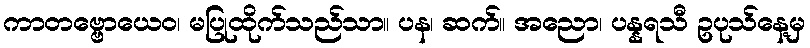
ကာတဗ္ဗောယေဝ၊ မပြုထိုက်သည်သာ။ ပန၊ ဆက်။ အညော၊ ပန္နရသီ ဥပုသ်နေ့မှ